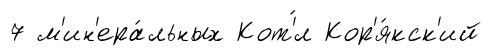
7 м'ин'ера́льных Кот'́л Кор'я́кск'ий